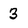
Character: 3